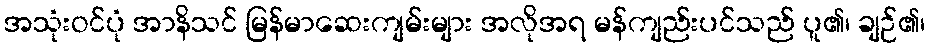
အသုံးဝင်ပုံ အာနိသင် မြန်မာဆေးကျမ်းများ အလိုအရ မန်ကျည်းပင်သည် ပူ၏၊ ချဉ်၏၊